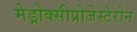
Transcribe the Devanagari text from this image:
मेड्रोक्सीप्रोजेस्टेरोन